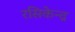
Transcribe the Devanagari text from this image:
रसिकेन्द्र